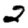
Digit: 2